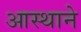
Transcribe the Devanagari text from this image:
आस्थाने